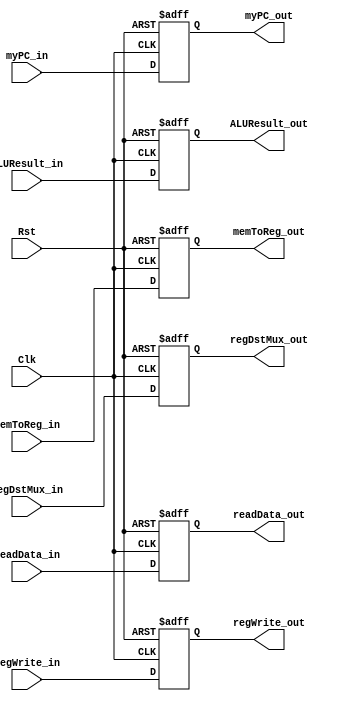
`timescale 1ns / 1ps

module MEM_WB_Register(Clk, Rst,
                       regWrite_in, regWrite_out,
                       memToReg_in, memToReg_out,
                       readData_in, readData_out,
                       ALUResult_in, ALUResult_out,
                       regDstMux_in, regDstMux_out,
                       myPC_in, myPC_out);
    input Clk, Rst;
    input regWrite_in; output reg regWrite_out;
    input memToReg_in; output reg memToReg_out;
    input [31:0] readData_in; output reg [31:0] readData_out;
    input [31:0] ALUResult_in; output reg [31:0] ALUResult_out;
    input [4:0] regDstMux_in; output reg [4:0] regDstMux_out;
    input [31:0] myPC_in; output reg [31:0] myPC_out;

    always @(posedge Clk or posedge Rst)begin
        if (Rst) begin
            regWrite_out <= 0;
            memToReg_out <= 0;
            readData_out <= 0;
            ALUResult_out <= 0;
            regDstMux_out <= 0;
            myPC_out <= 32'bx;
        end else begin
            regWrite_out <= regWrite_in;
            memToReg_out <= memToReg_in;
            readData_out <= readData_in;
            ALUResult_out <= ALUResult_in;
            regDstMux_out <= regDstMux_in;
            myPC_out <= myPC_in;
        end
    end

endmodule